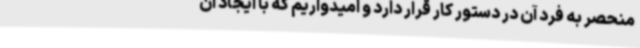
منحصر به فرد آن در دستور کار قرار دارد و امیدواریم که با ایجاد ان